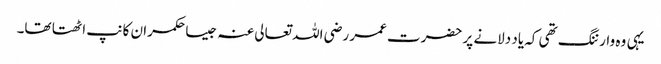
یہی وہ وارننگ تھی کہ یاد دلانے پر حضرت عمر رضی اللہ تعالی عنہ جیسا حکمران کانپ اٹھتا تھا۔